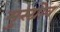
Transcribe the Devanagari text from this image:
मुस्ग्रोव